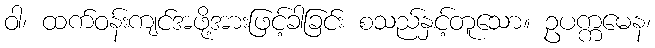
ဝါ၊ ထက်ဝန်းကျင်အဖို့အားဖြင့်ခါခြင်း စသည်နှင့်တူသော။ ဥပက္ကမေန၊